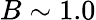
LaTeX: B\sim 1.0